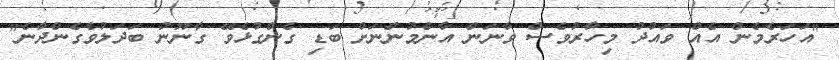
"އަހަރެމެން އެއް ވައުދު މިހާރުވެސް ވާނަން އާންމުންނަށް ބަޑި ގެންގުޅެވޭ ގާނޫނު ބަދަލުވެގެންދާނެ"